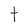
Character: t